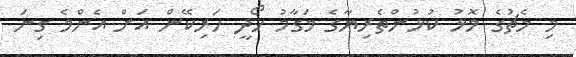
މި މެޗުގެ މޮޅު ކުޅުންތެރިޔާގެ މަގާމު ހޯދީ ހަރިކޭން އަށް އެންމެ ގިނަ